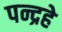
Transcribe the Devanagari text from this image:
पन्द्रहे